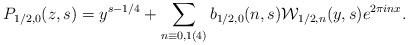
LaTeX: \begin{align*}P_{1/2,0}(z,s) = y^{s-1/4} + \sum_{n \equiv 0, 1 (4)} b_{1/2,0}(n,s) \mathcal{W}_{1/2,n}(y,s) e^{2\pi inx}.\end{align*}